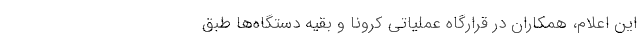
این اعلام، همکاران در قرارگاه عملیاتی کرونا و بقیه دستگاه‌ها طبق